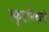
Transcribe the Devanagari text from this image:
स्फुटनिकचे